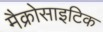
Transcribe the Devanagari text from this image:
मैक्रोसाइटिक